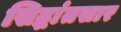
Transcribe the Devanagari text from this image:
सिद्धांतसार